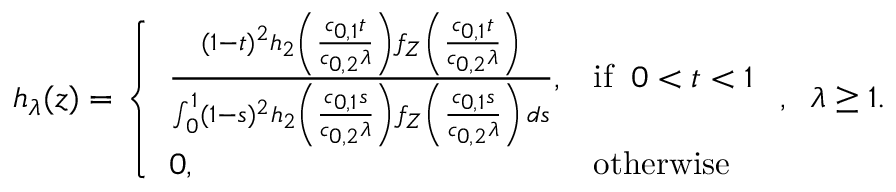
h _ { \lambda } ( z ) = \left\{ \begin{array} { l l } { \frac { ( 1 - t ) ^ { 2 } h _ { 2 } \left( \frac { c _ { 0 , 1 } t } { c _ { 0 , 2 } \lambda } \right) f _ { Z } \left( \frac { c _ { 0 , 1 } t } { c _ { 0 , 2 } \lambda } \right) } { \int _ { 0 } ^ { 1 } ( 1 - s ) ^ { 2 } h _ { 2 } \left( \frac { c _ { 0 , 1 } s } { c _ { 0 , 2 } \lambda } \right) f _ { Z } \left( \frac { c _ { 0 , 1 } s } { c _ { 0 , 2 } \lambda } \right) \, d s } , } & { \mathrm { i f } \; \; 0 < t < 1 } \\ { 0 , } & { \mathrm { o t h e r w i s e } } \end{array} \right. , \; \; \lambda \geq 1 .